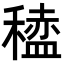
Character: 𫁆